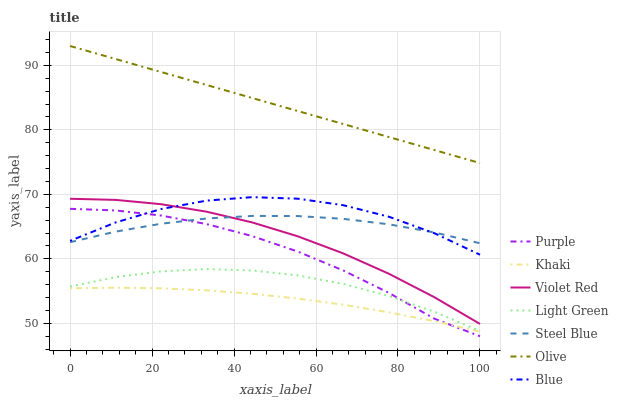
| xaxis_label | Purple | Khaki | Violet Red | Light Green | Steel Blue | Olive | Blue |
 | --- | --- | --- | --- | --- | --- | --- | --- |
 | 0 | 67.8 | 55.4 | 69.3 | 55.7 | 62.6 | 93 | 62.8 |
 | 11.1 | 67.5 | 55.5 | 69.1 | 57.2 | 64.2 | 91 | 65.6 |
 | 22.2 | 66.7 | 55.4 | 68.5 | 58.1 | 65.4 | 89 | 67.7 |
 | 33.3 | 65.4 | 55.1 | 67.3 | 58.4 | 66.3 | 87 | 69 |
 | 44.4 | 63.5 | 54.6 | 65.6 | 58.2 | 66.7 | 84.9 | 69.6 |
 | 55.6 | 61.1 | 53.8 | 63.5 | 57.4 | 66.6 | 82.9 | 69.3 |
 | 66.7 | 58.2 | 52.9 | 60.8 | 56.1 | 66.2 | 80.9 | 68.3 |
 | 77.8 | 54.7 | 51.7 | 57.7 | 54.2 | 65.4 | 78.9 | 66.5 |
 | 88.9 | 50.7 | 50.3 | 54 | 51.8 | 64.1 | 76.9 | 64 |
 | 100 | 48 | 48.7 | 49.9 | 48.8 | 62.4 | 74.9 | 60.6 |